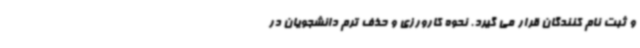
و ثبت نام کنندگان قرار می گیرد. نحوه کارورزی و حذف ترم دانشجویان در